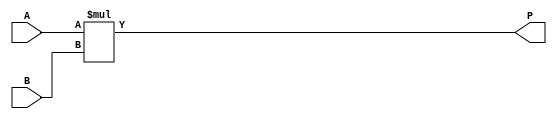
module CC_MULT #(
	parameter A_WIDTH = 0,
	parameter B_WIDTH = 0,
	parameter P_WIDTH = 0
)(
	input signed [A_WIDTH-1:0] A,
	input signed [B_WIDTH-1:0] B,
	output reg signed [P_WIDTH-1:0] P
);
	always @(*)
	begin
		P <= A * B;
	end
endmodule